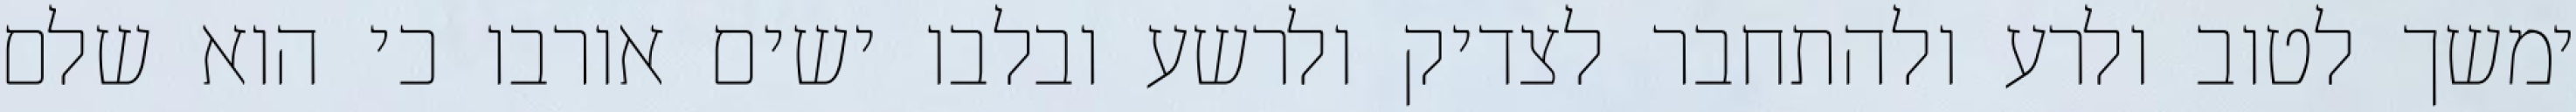
ימשך לטוב ולרע ולהתחבר לצדיק ולרשע ובלבו ישים אורבו כי הוא שלם